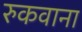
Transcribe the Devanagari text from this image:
रुकवाना